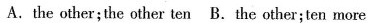
A.the other;the other ten B.The other;ten more